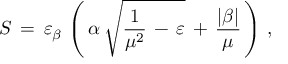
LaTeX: S \, = \, \varepsilon _ { \beta } \, \left( \, \alpha \, \sqrt { \frac { 1 } { \mu ^ { 2 } } \, - \, \varepsilon } \, + \, \frac { | \beta | } { \mu } \, \right) \, { , }